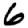
Digit: 6